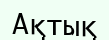
Ақтық